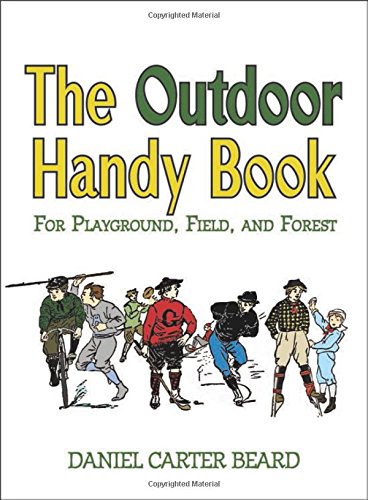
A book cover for The Outdoor Handy Book: For Playground, Field, and Forest; D. C. Beard; Children's Books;